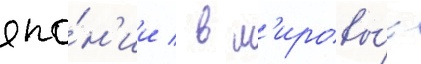
япо́н'ии / в м'ировы́х